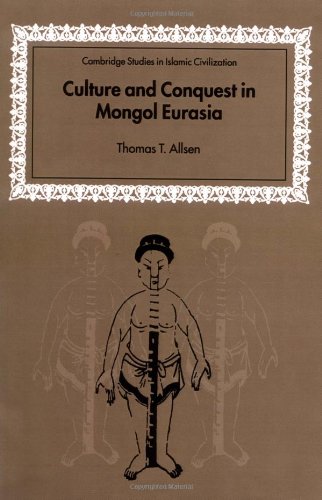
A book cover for Culture and Conquest in Mongol Eurasia (Cambridge Studies in Islamic Civilization); Thomas T. Allsen; History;